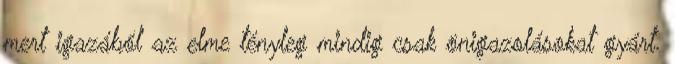
mert igazából az elme tényleg mindig csak önigazolásokat gyárt.